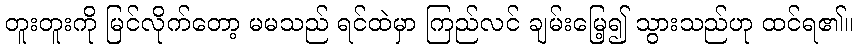
တူးတူးကို မြင်လိုက်တော့ မမသည် ရင်ထဲမှာ ကြည်လင် ချမ်းမြေ့၍ သွားသည်ဟု ထင်ရ၏။